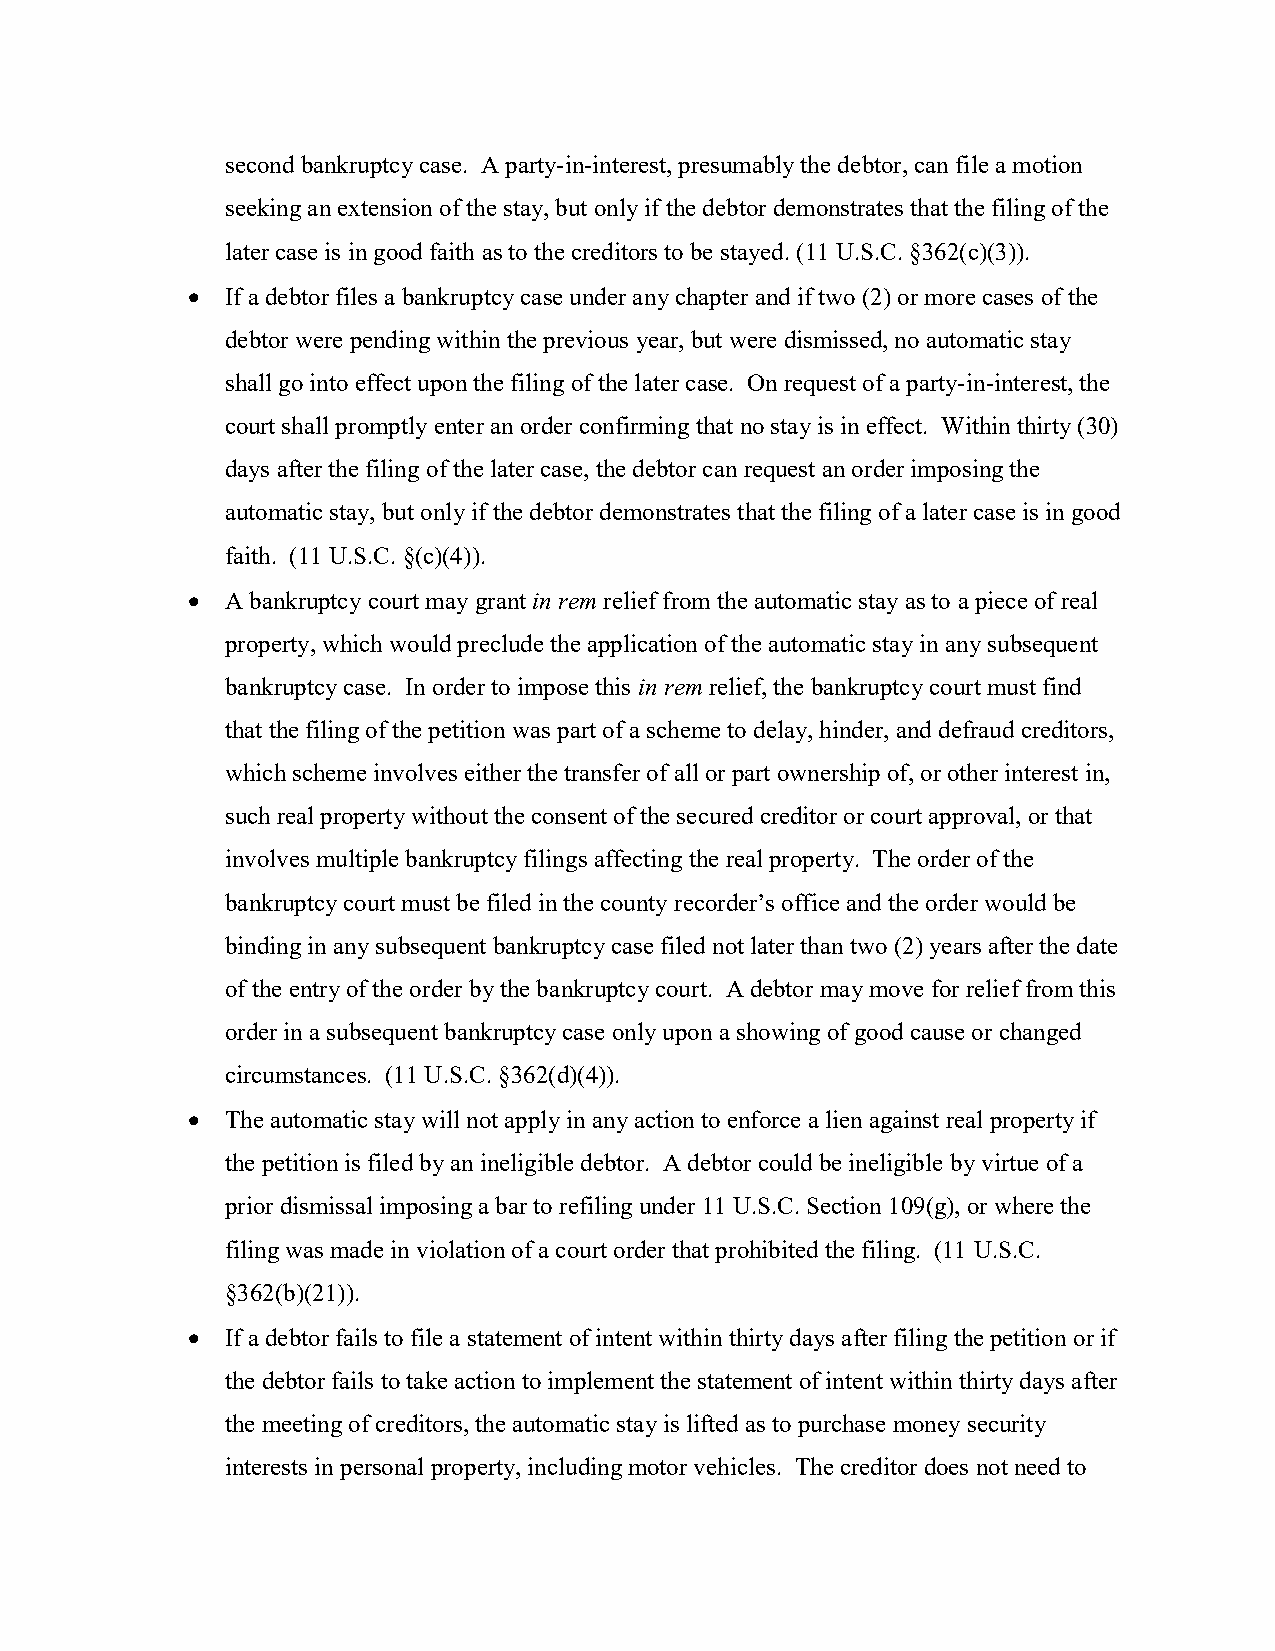
second bankruptcy case. A party-in-interest, presumably the debtor, can file a motion
 seeking an extension of the stay, but only if the debtor demonstrates that the filing of the
 later case is in good faith as to the creditors to be stayed. (11 U.S.C. §362(c)(3)).
   If a debtor files a bankruptcy case under any chapter and if two (2) or more cases of the
 debtor were pending within the previous year, but were dismissed, no automatic stay
 shall go into effect upon the filing of the later case. On request of a party-in-interest, the
 court shall promptly enter an order confirming that no stay is in effect. Within thirty (30)
 days after the filing of the later case, the debtor can request an order imposing the
 automatic stay, but only if the debtor demonstrates that the filing of a later case is in good
 faith. (11 U.S.C. §(c)(4)).
   A bankruptcy court may grant in rem relief from the automatic stay as to a piece of real
 property, which would preclude the application of the automatic stay in any subsequent
 bankruptcy case. In order to impose this in rem relief, the bankruptcy court must find
 that the filing of the petition was part of a scheme to delay, hinder, and defraud creditors,
 which scheme involves either the transfer of all or part ownership of, or other interest in,
 such real property without the consent of the secured creditor or court approval, or that
 involves multiple bankruptcy filings affecting the real property. The order of the
 bankruptcy court must be filed in the county recorder’s office and the order would be
 binding in any subsequent bankruptcy case filed not later than two (2) years after the date
 of the entry of the order by the bankruptcy court. A debtor may move for relief from this
 order in a subsequent bankruptcy case only upon a showing of good cause or changed
 circumstances. (11 U.S.C. §362(d)(4)).
   The automatic stay will not apply in any action to enforce a lien against real property if
 the petition is filed by an ineligible debtor. A debtor could be ineligible by virtue of a
 prior dismissal imposing a bar to refiling under 11 U.S.C. Section 109(g), or where the
 filing was made in violation of a court order that prohibited the filing. (11 U.S.C.
 §362(b)(21)).
   If a debtor fails to file a statement of intent within thirty days after filing the petition or if
 the debtor fails to take action to implement the statement of intent within thirty days after
 the meeting of creditors, the automatic stay is lifted as to purchase money security
 interests in personal property, including motor vehicles. The creditor does not need to